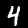
Digit: 4